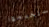
يستخدموا